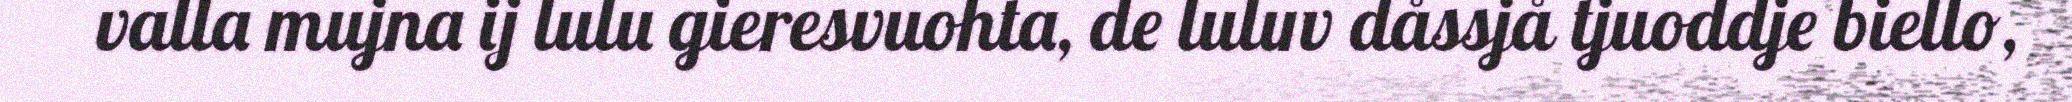
valla mujna ij lulu gieresvuohta, de luluv dåssjå tjuoddje biello,